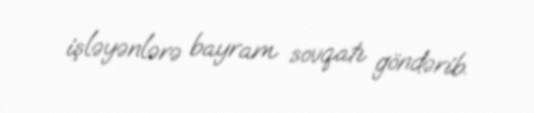
işləyənlərə bayram sovqatı göndərib.